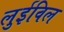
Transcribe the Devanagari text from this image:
लुईविल